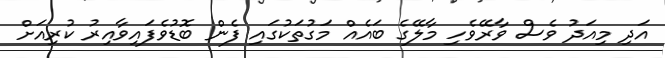
އަދި މިއަދު ވެސް ވާރޭވެހި މާލޭގެ ބައެއް މަގުތަކުގައި ފެން ބޮޑުވެފައިވާއިރު ކުރިއަށް